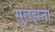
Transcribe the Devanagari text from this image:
सुलझना